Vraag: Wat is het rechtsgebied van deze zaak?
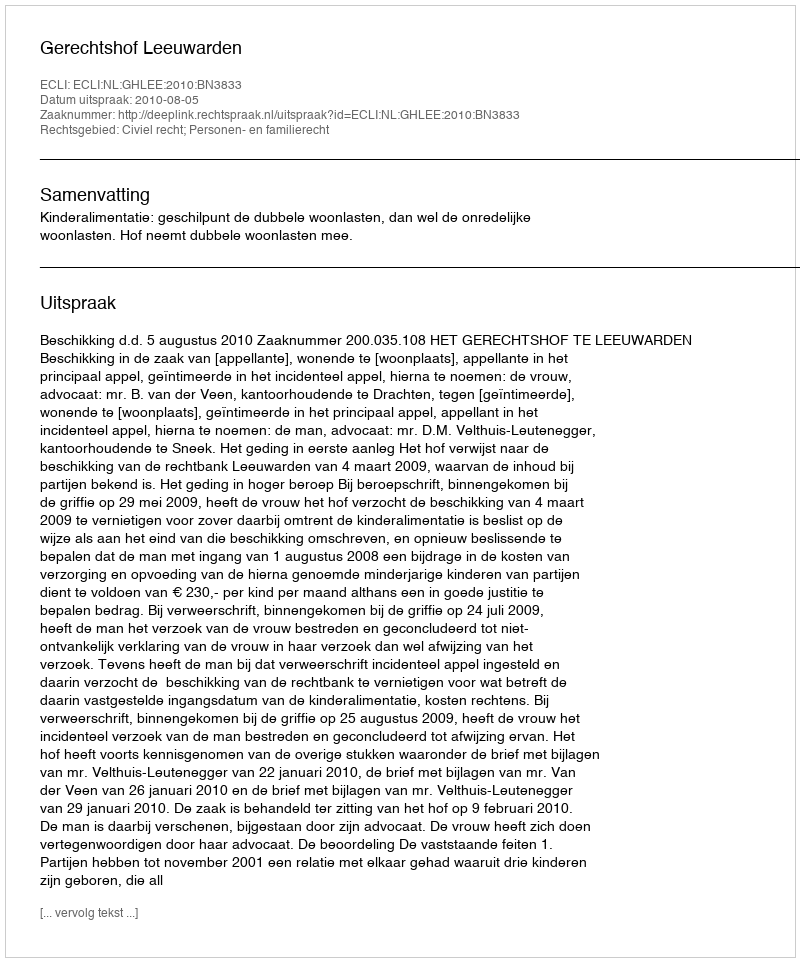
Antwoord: Civiel recht; Personen- en familierecht